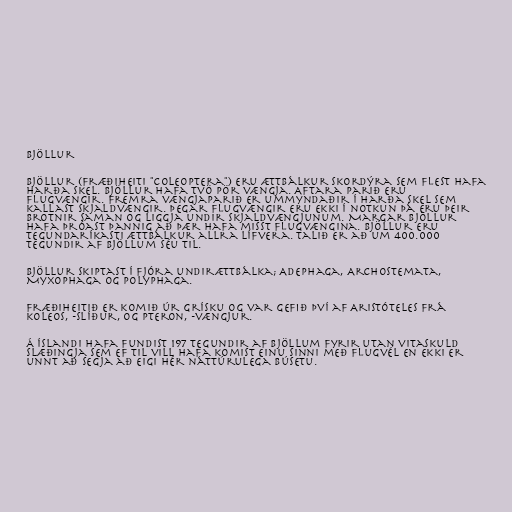
Bjöllur

Bjöllur (fræðiheiti "Coleoptera") eru ættbálkur skordýra sem flest hafa
harða skel. Bjöllur hafa tvö pör vængja. Aftara parið eru
flugvængir. Fremra vængjaparið er ummyndaðir í harða skel sem
kallast skjaldvængir. Þegar flugvængir eru ekki í notkun þá eru þeir
brotnir saman og liggja undir skjaldvængjunum. Margar bjöllur
hafa þróast þannig að þær hafa misst flugvængina. Bjöllur eru
tegundaríkasti ættbálkur allra lífvera. Talið er að um 400.000
tegundir af bjöllum séu til.

Bjöllur skiptast í fjóra undirættbálka; Adephaga, Archostemata,
Myxophaga og Polyphaga.

Fræðiheitið er komið úr grísku og var gefið því af Aristóteles frá
koleos, -slíður, og pteron, -vængjur.

Á Íslandi hafa fundist 197 tegundir af bjöllum fyrir utan vitaskuld
slæðingja sem ef til vill hafa komist einu sinni með flugvél en ekki er
unnt að segja að eigi hér náttúrulega búsetu.